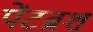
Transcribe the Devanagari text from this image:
पेंटब्रश